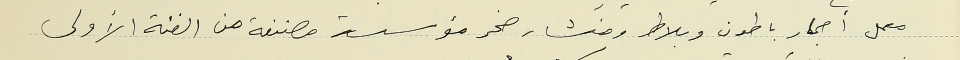
معمل أحجار باطون وبلاط ومنشار صخر مؤسسة مصنفة من الفئة الأولى